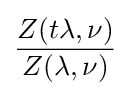
{\frac {Z(t\lambda ,\nu )}{Z(\lambda ,\nu )}}